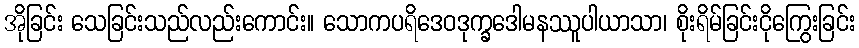
အိုခြင်း သေခြင်းသည်လည်းကောင်း။ သောကပရိဒေဝဒုက္ခဒေါမနဿူပါယာသာ၊ စိုးရိမ်ခြင်းငိုကြွေးခြင်း